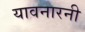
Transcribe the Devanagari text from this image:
यावनारनी